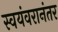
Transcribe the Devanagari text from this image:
स्वयंवरानंतर